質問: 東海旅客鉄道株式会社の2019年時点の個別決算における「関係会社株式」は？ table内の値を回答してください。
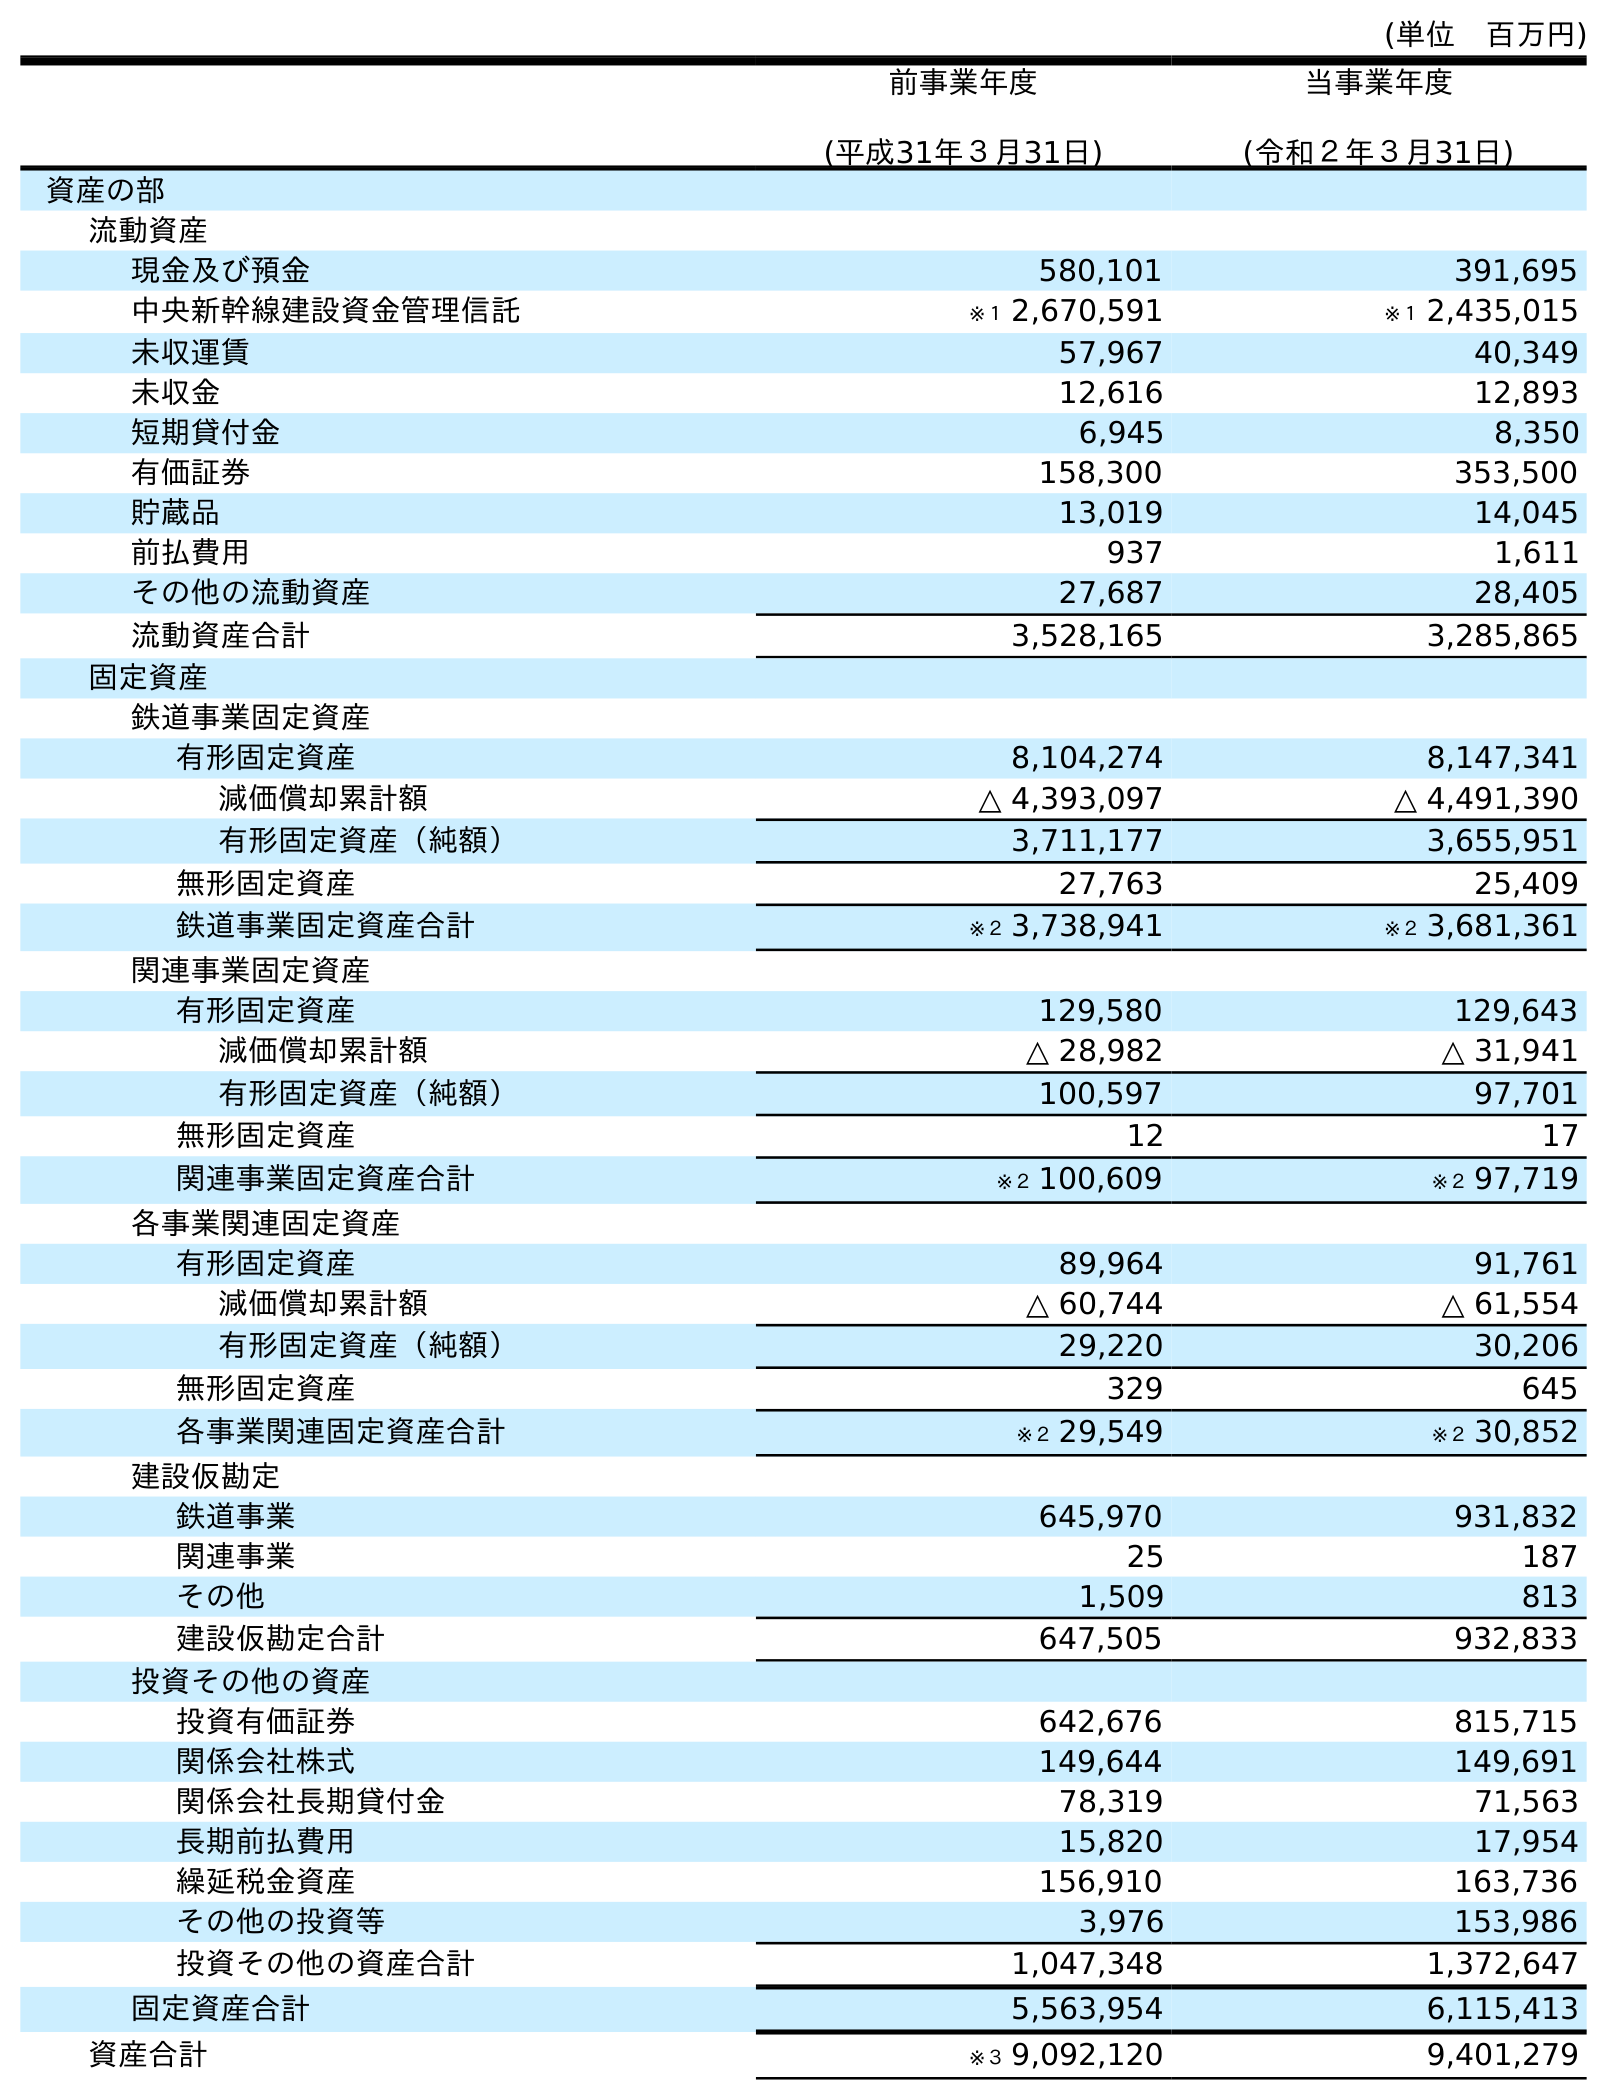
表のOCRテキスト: (単位 百万円) 前事業年度 (平成31年３月31日) 当事業年度 (令和２年３月31日) 資産の部 流動資産 現金及び預金 580,101 391,695 中央新幹線建設資金管理信託 ※１ 2,670,591 ※１ 2,435,015 未収運賃 57,967 40,349 未収金 12,616 12,893 短期貸付金 6,945 8,350 有価証券 158,300 353,500 貯蔵品 13,019 14,045 前払費用 937 1,611 その他の流動資産 27,687 28,405 流動資産合計 3,528,165 3,285,865 固定資産 鉄道事業固定資産 有形固定資産 8,104,274 8,147,341 減価償却累計額 △ 4,393,097 △ 4,491,390 有形固定資産（純額） 3,711,177 3,655,951 無形固定資産 27,763 25,409 鉄道事業固定資産合計 ※２ 3,738,941 ※２ 3,681,361 関連事業固定資産 有形固定資産 129,580 129,643 減価償却累計額 △ 28,982 △ 31,941 有形固定資産（純額） 100,597 97,701 無形固定資産 12 17 関連事業固定資産合計 ※２ 100,609 ※２ 97,719 各事業関連固定資産 有形固定資産 89,964 91,761 減価償却累計額 △ 60,744 △ 61,554 有形固定資産（純額） 29,220 30,206 無形固定資産 329 645 各事業関連固定資産合計 ※２ 29,549 ※２ 30,852 建設仮勘定 鉄道事業 645,970 931,832 関連事業 25 187 その他 1,509 813 建設仮勘定合計 647,505 932,833 投資その他の資産 投資有価証券 642,676 815,715 関係会社株式 149,644 149,691 関係会社長期貸付金 78,319 71,563 長期前払費用 15,820 17,954 繰延税金資産 156,910 163,736 その他の投資等 3,976 153,986 投資その他の資産合計 1,047,348 1,372,647 固定資産合計 5,563,954 6,115,413 資産合計 ※３ 9,092,120 9,401,279
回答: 149,644